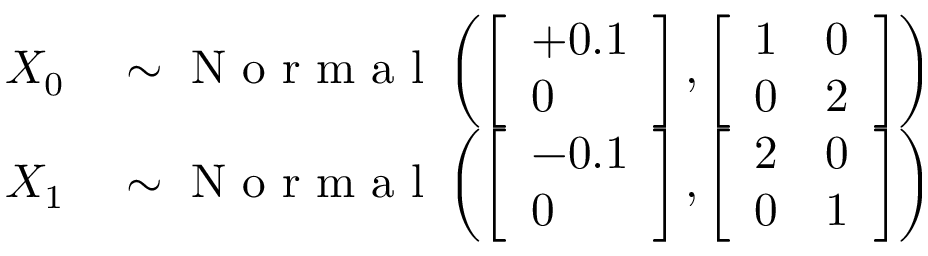
\begin{array} { r l } { X _ { 0 } } & { { } \sim \mathrm { ~ N ~ o ~ r ~ m ~ a ~ l ~ } \left( \left[ \begin{array} { l } { + 0 . 1 } \\ { 0 } \end{array} \right] , \left[ \begin{array} { l l } { 1 } & { 0 } \\ { 0 } & { 2 } \end{array} \right] \right) } \\ { X _ { 1 } } & { { } \sim \mathrm { ~ N ~ o ~ r ~ m ~ a ~ l ~ } \left( \left[ \begin{array} { l } { - 0 . 1 } \\ { 0 } \end{array} \right] , \left[ \begin{array} { l l } { 2 } & { 0 } \\ { 0 } & { 1 } \end{array} \right] \right) } \end{array}